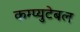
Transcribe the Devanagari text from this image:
कम्प्युटेबल